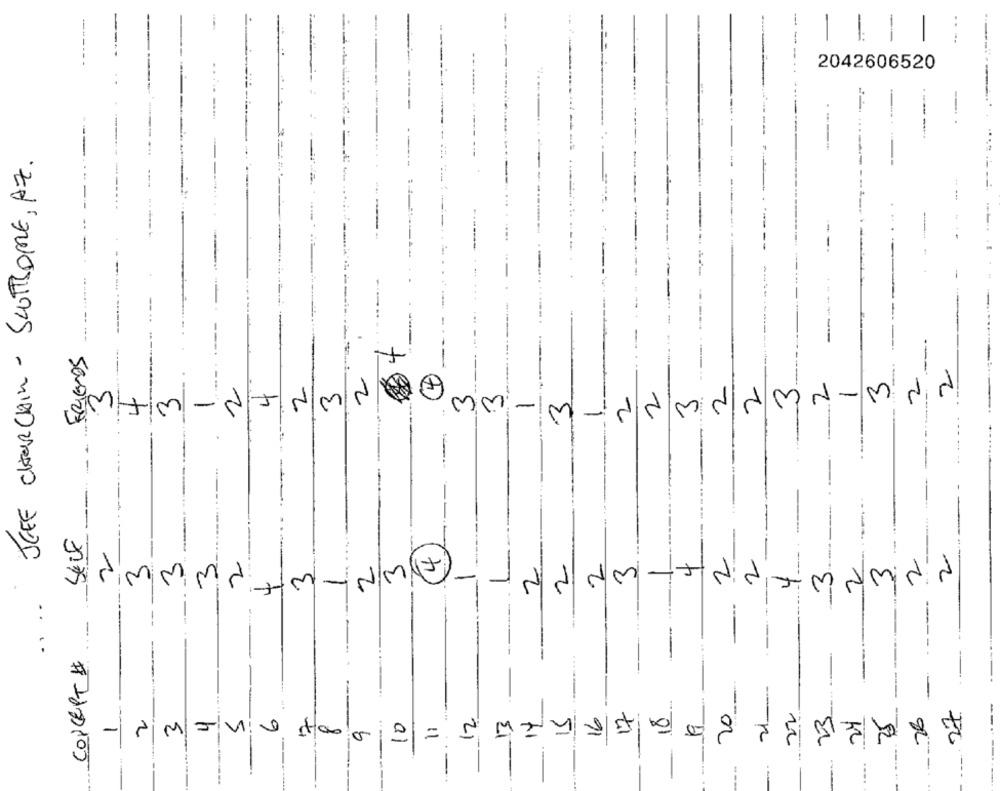
--
-------
....
2042606520
JEFF CHURCHIN - SCUTHOME, AZ.
----- ---
..
----
-
FRIENDS
2
2
2
WIFIWA
2
2
ww
2
2
2
W-NW
00
2
m
-
Mi
-
SELF
2
4
2
2
2.
3
2
2
2
4
2
L
2
-
MyMi
-
-
CONCEPT #
21-
----
27
16
7
10
20
22
23
24
26
2
0
2
25
---
-
=